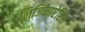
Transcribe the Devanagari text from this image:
लिजिनाप्टेरिस